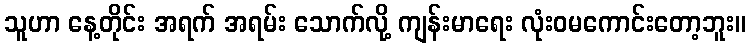
သူဟာ နေ့တိုင်း အရက် အရမ်း သောက်လို့ ကျန်းမာရေး လုံးဝမကောင်းတော့ဘူး။